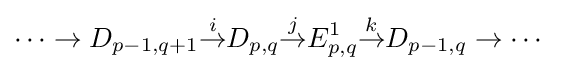
\cdots \to D_{p-1,q+1}{\overset {i}{\to }}D_{p,q}{\overset {j}{\to }}E_{p,q}^{1}{\overset {k}{\to }}D_{p-1,q}\to \cdots